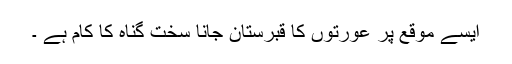
ایسے موقع پر عورتوں کا قبرستان جانا سخت گناہ کا کام ہے ۔